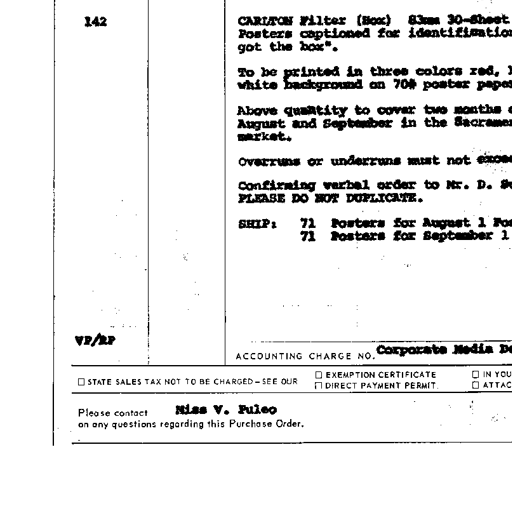
142
CARLTON Filter (Box) 83mm 30-Sheet
Posters captioned for identification
got the box".
To be printed in three colors red,
white background on 70# poster paper
Above quantity to cover two months
August and September in the Sacramento
market.
Overruns or underruns must not exceed
Confirming verbal order to Mr. D. S
PLEASE DO NOT DUPLICATE.
SHIP: 71 Posters for August 1
71 Posters for September 1
VP/RP
ACCOUNTING CHARGE NO. Corporate Media
☐ STATE SALES TAX NOT TO BE CHARGED - SEE OUR
☐ EXEMPTION CERTIFICATE
☐ DIRECT PAYMENT PERMIT
☐ IN YOU
☐ ATTAC
Please contact Miss V. Puleo
on any questions regarding this Purchase Order.